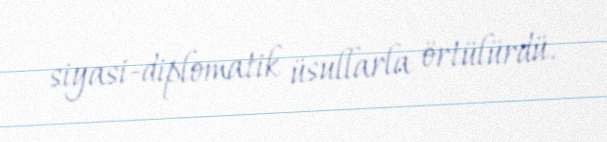
siyasi-diplomatik üsullarla örtülürdü.